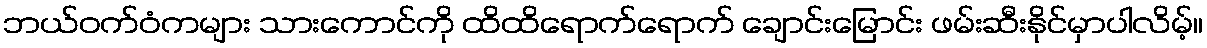
ဘယ်ဝက်ဝံကများ သားကောင်ကို ထိထိရောက်ရောက် ချောင်းမြောင်း ဖမ်းဆီးနိုင်မှာပါလိမ့်။